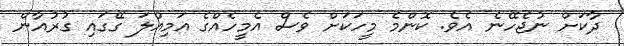
ދާކަށް ނުޖެހޭނެ އެވެ. ކޮންމެ މީހަކަށް ވެސް އެމީހެއްގެ އަމިއްލަ ގޭގައި ގުރުއާން